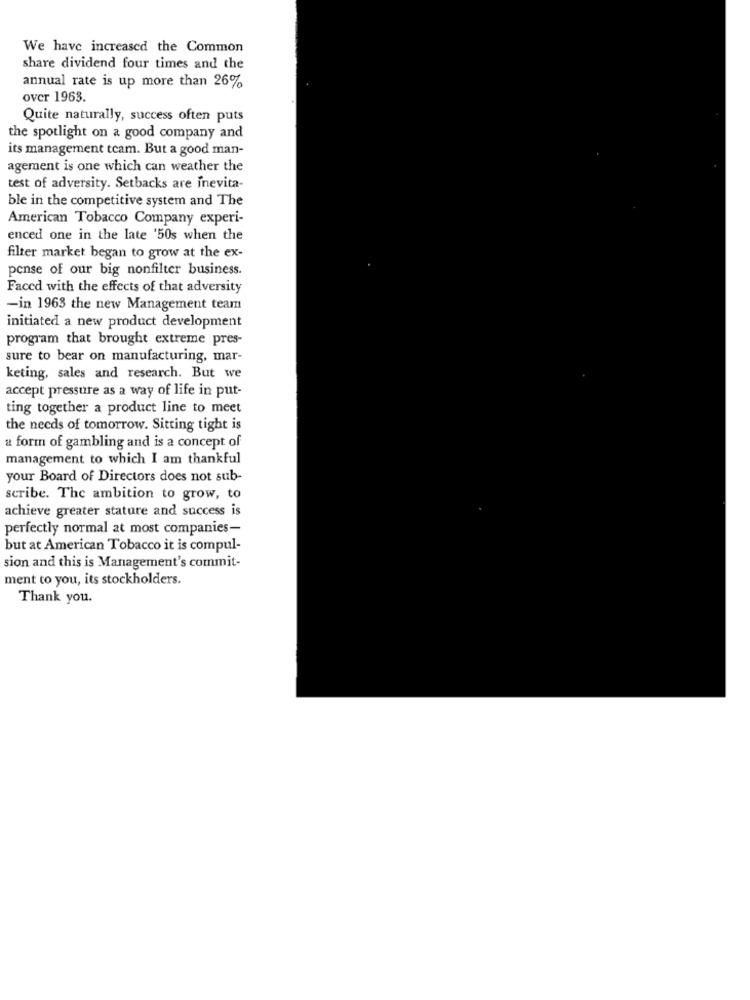
We have increased the Common
share dividend four times and the
annual rate is up more than 26%
over 1963.
Quite naturally, success often puts
the spotlight on a good company and
its management team. But a good man-
agement is one which can weather the
test of adversity. Setbacks are inevita-
ble in the competitive system and The
American Tobacco Company experi-
enced one in the late '50s when the
filter market began to grow at the ex-
pense of our big nonfilter business.
Faced with the effects of that adversity
-in 1963 the new Management team
initiated a new product development
program that brought extreme pres-
sure to bear on manufacturing, mar-
keting, sales and research. But we
accept pressure as a way of life in put-
ting together a product line to meet
the needs of tomorrow. Sitting tight is
a form of gambling and is a concept of
management to which I am thankful
your Board of Directors does not sub-
scribe. The ambition to grow, to
achieve greater stature and success is
perfectly normal at most companies-
but at American Tobacco it is compul-
sion and this is Management's commit-
ment to you, its stockholders.
Thank you.